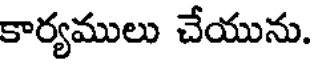
కార్యములు చేయును.